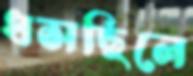
ধসছিলে